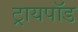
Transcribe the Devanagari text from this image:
ट्रायपाॅड